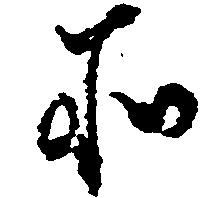
所